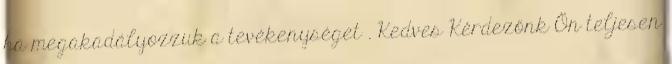
ha megakadályozzuk a tevékenységet . Kedves Kérdezőnk Ön teljesen